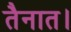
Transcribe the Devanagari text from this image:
तैनात।